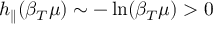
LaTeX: h _ { \parallel } ( \beta _ { T } \mu ) \sim - \ln ( \beta _ { T } \mu ) > 0